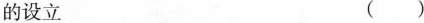
的设立 ( )